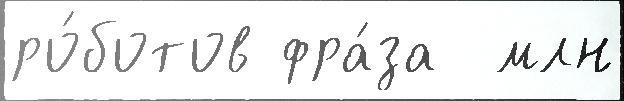
ро́ботов фра́за  млн